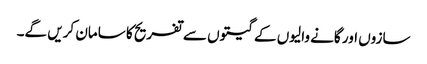
سازوں اور گانے والیوں کے گیتوں سے تفریح کا سامان کریں گے۔